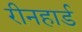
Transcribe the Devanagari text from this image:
रीनहार्ड